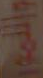
والليون